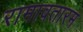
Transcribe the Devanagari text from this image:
रामावतारम